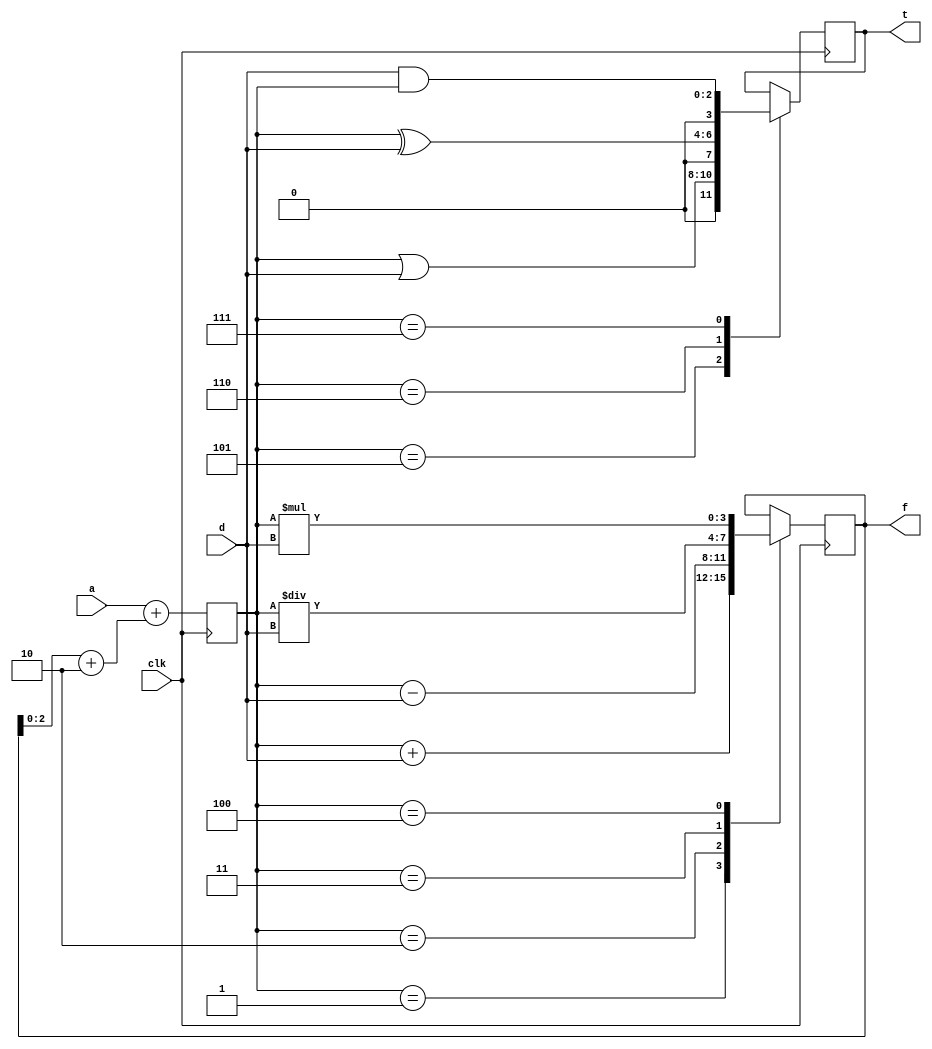
`timescale 1ns / 1ps

module multiple_edge(a, d, f, t, clk); 
input [1:0] a;
input [2:0] d; 
input clk; 
output reg [3:0] f; 
output reg [3:0] t;
reg [2:0] c;
reg [3:0] b; 
initial
 begin
  f <= 0;
  t <= 0;
  c <= 0;
 end
always @(posedge clk) 
 begin
  b = f + 10;
  c = a + b;
 end
always @(negedge clk)
 begin   
  case(c)
   3'b001: f <= c + d; 
	3'b010: f <= c - d;
	3'b011: f <= c / d;
	3'b100: f <= c * d;
	3'b101: t <= c | d;
	3'b110: t <= c ^ d;
	3'b111: t <= d & c;
  endcase
 end
endmodule